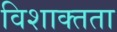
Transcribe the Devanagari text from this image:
विशाक्तता